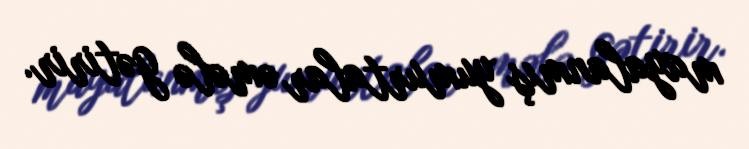
mayalanmış yumurtalar əmələ gətirir.